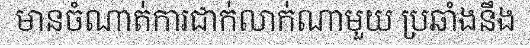
មានចំណាត់ការជាក់លាក់ណាមួយ ប្រឆាំងនឹង